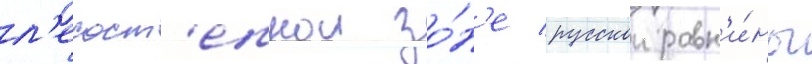
л'есост'епнои зо́н'е русскои равн'и́ны